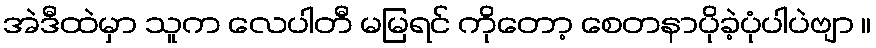
အဲဒီထဲမှာ သူက လေပါတီ မမြရင် ကိုတော့ စေတနာပိုခဲ့ပုံပါပဲဗျာ ။